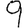
Digit: 9